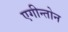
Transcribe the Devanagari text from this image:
एगीन्तोन